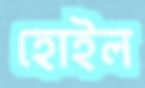
হোইল